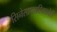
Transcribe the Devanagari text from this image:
सिनेसाप्ताहिकाचेही